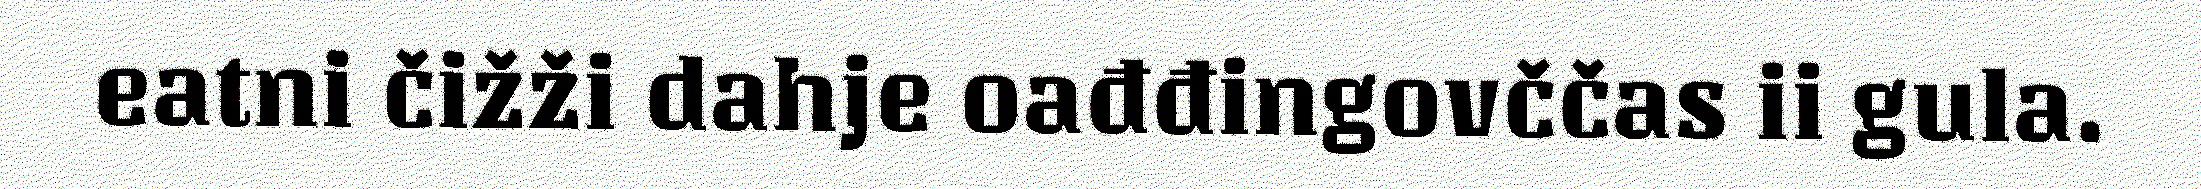
eatni čižži dahje oađđingovččas ii gula.